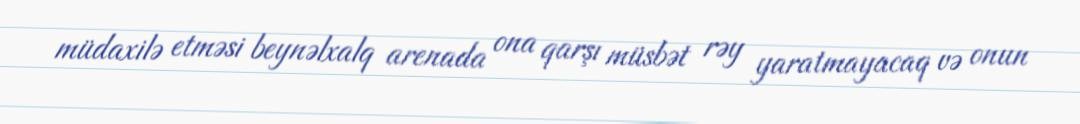
müdaxilə etməsi beynəlxalq arenada ona qarşı müsbət rəy yaratmayacaq və onun